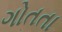
ગોતતા